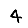
Digit: 4